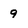
Character: 9